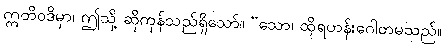
ဣတိဝဒိမှာ၊ ဤသို့ ဆိုကုန်သည်ရှိသော်။ “သော၊ ထိုရဟန်းဂေါတမသည်။